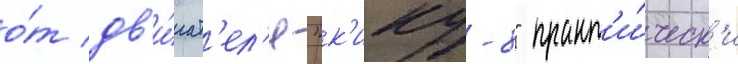
о́т дв'и́гат'ел'я "к'ику-8" практ'и́ческ'и